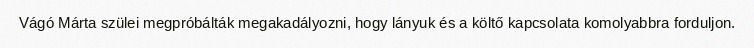
Vágó Márta szülei megpróbálták megakadályozni, hogy lányuk és a költő kapcsolata komolyabbra forduljon.